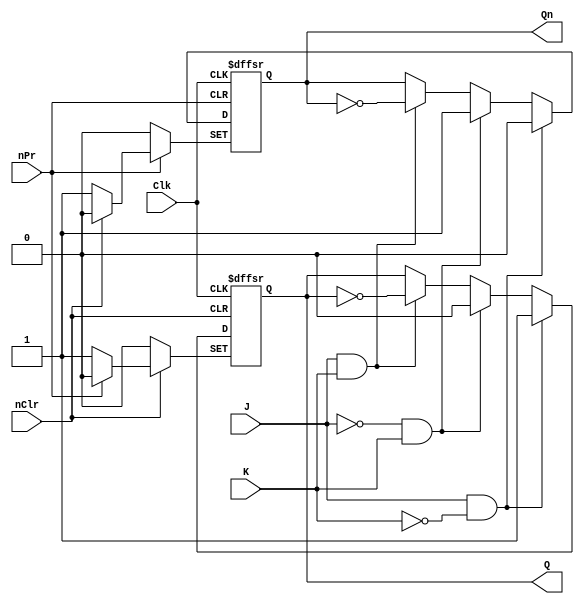
// CPEN 230L lab 8, JK Flip-Flop
// Gabe DiMartino 10/30/23

module JK_FlipFlop (
  input  nPr,    // asynchronous active-low preset
  input  nClr,   // asnychronous active-low clear
  input  Clk,    // positive edge triggers
  input  J,
  input  K,
  output Q,
  output Qn );

  reg Q_r  = 0;      // registers for use inside the always block
  reg Qn_r = 1;

  assign Q  = Q_r;   // set outputs from the always block registers
  assign Qn = Qn_r;

  always @(posedge Clk, negedge nPr, negedge nClr) begin
    if (nClr == 1'b0) begin          // clear (nPr == x)
      Q_r  <= 1'b0;
      Qn_r <= 1'b1;
    end else if (nPr == 1'b0) begin  // preset (nClr == 1)
      Q_r  <= 1'b1;
      Qn_r <= 1'b0;
    end else if ( J & ~K) begin      // set (nPr == 1 && nClr == 1)
      Q_r  <= 1'b1;
      Qn_r <= 1'b0;
    end else if (~J &  K) begin      // reset
      Q_r  <= 1'b0;
      Qn_r <= 1'b1;
    end else if ( J &  K) begin      // toggle
      Q_r  <= ~Q_r;
      Qn_r <= ~Qn_r;
    end // else (~J & ~K), so do nothing
  end

endmodule